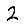
Digit: 2